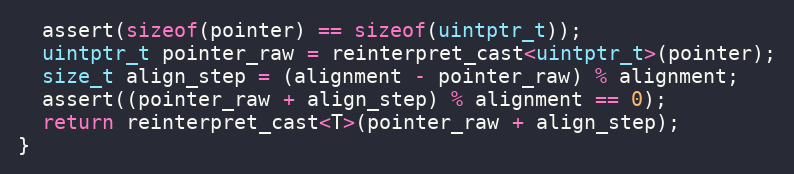
Language: C
  assert(sizeof(pointer) == sizeof(uintptr_t));
  uintptr_t pointer_raw = reinterpret_cast<uintptr_t>(pointer);
  size_t align_step = (alignment - pointer_raw) % alignment;
  assert((pointer_raw + align_step) % alignment == 0);
  return reinterpret_cast<T>(pointer_raw + align_step);
}